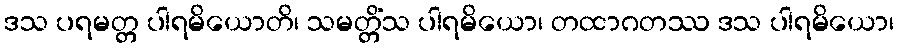
ဒသ ပရမတ္တ ပါရမိယောတိ၊ သမတ္တိံသ ပါရမိယော၊ တထာဂတဿ ဒသ ပါရမိယော၊